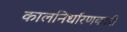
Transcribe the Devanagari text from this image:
कालनिर्धारणकारी